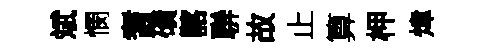
斌憫耆磧髂聨故止算柙煒